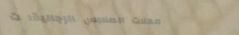
محلات الملابس الرجالية: ت